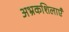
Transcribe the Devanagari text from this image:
अभ्रकशिलाएँ